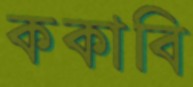
ককাবি